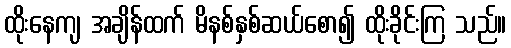
ထိုးနေကျ အချိန်ထက် မိနစ်နှစ်ဆယ်စော၍ ထိုးခိုင်းကြ သည်။